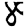
Digit: 8